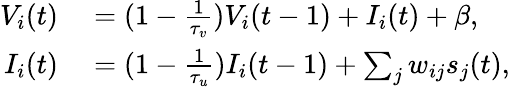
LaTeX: \begin{array}{rl}{V_{i}(t)}&{{}=(1-\frac{1}{\tau_{v}})V_{i}(t-1)+I_{i}(t)+\beta,}\\ {I_{i}(t)}&{{}=(1-\frac{1}{\tau_{u}})I_{i}(t-1)+\sum_{j}w_{ij}s_{j}(t),}\end{array}